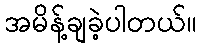
အမိန့်ချခဲ့ပါတယ်။